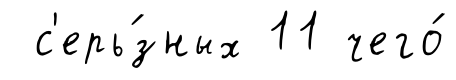
с'ерь́зных 11 чего́